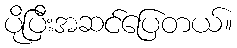
ပိုပြီးအဆင်ပြေတယ်။